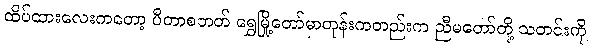
ထိပ်ထားလေးကတော့ ပီတာစဘတ် ရွှေမြို့တော်မှာတုန်းကတည်းက ညီမတော်တို့ သတင်းကို